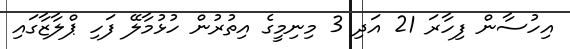
އިހުސާން ފިހާރަ 21 އަދި 3 މިނިމީގެ އިތުރުން ހުޅުމާލޭ ފަހި ޕްލާޒާގައި